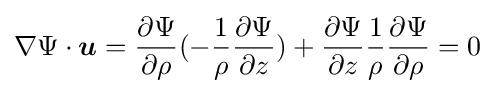
\nabla \Psi \cdot {\boldsymbol {u}}={\partial \Psi  \over \partial \rho }(-{1 \over \rho }{\partial \Psi  \over \partial z})+{\partial \Psi  \over \partial z}{1 \over \rho }{\partial \Psi  \over \partial \rho }=0